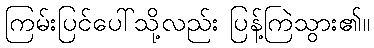
ကြမ်းပြင်ပေါ်သို့လည်း ပြန့်ကြဲသွား၏။